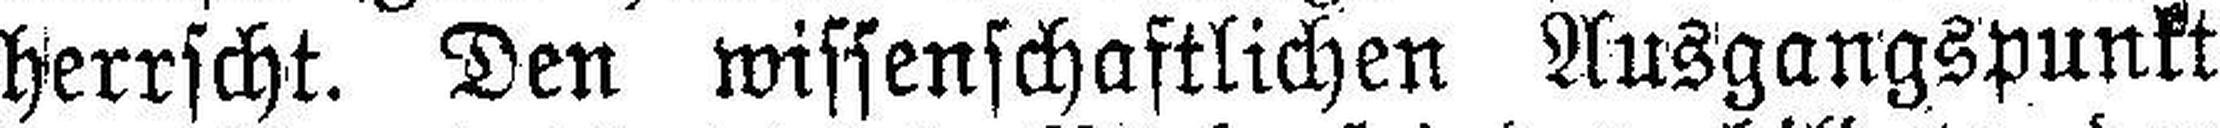
herrscht. Den wissenschaftlichen Ausgangspunkt